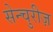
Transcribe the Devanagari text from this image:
सेन्चुरीज़